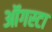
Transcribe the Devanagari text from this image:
ऑगस्‍टा